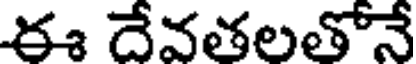
ఈ దేవతలతోనే